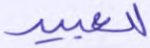
للعبيد